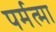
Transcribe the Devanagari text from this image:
पर्मत्मा